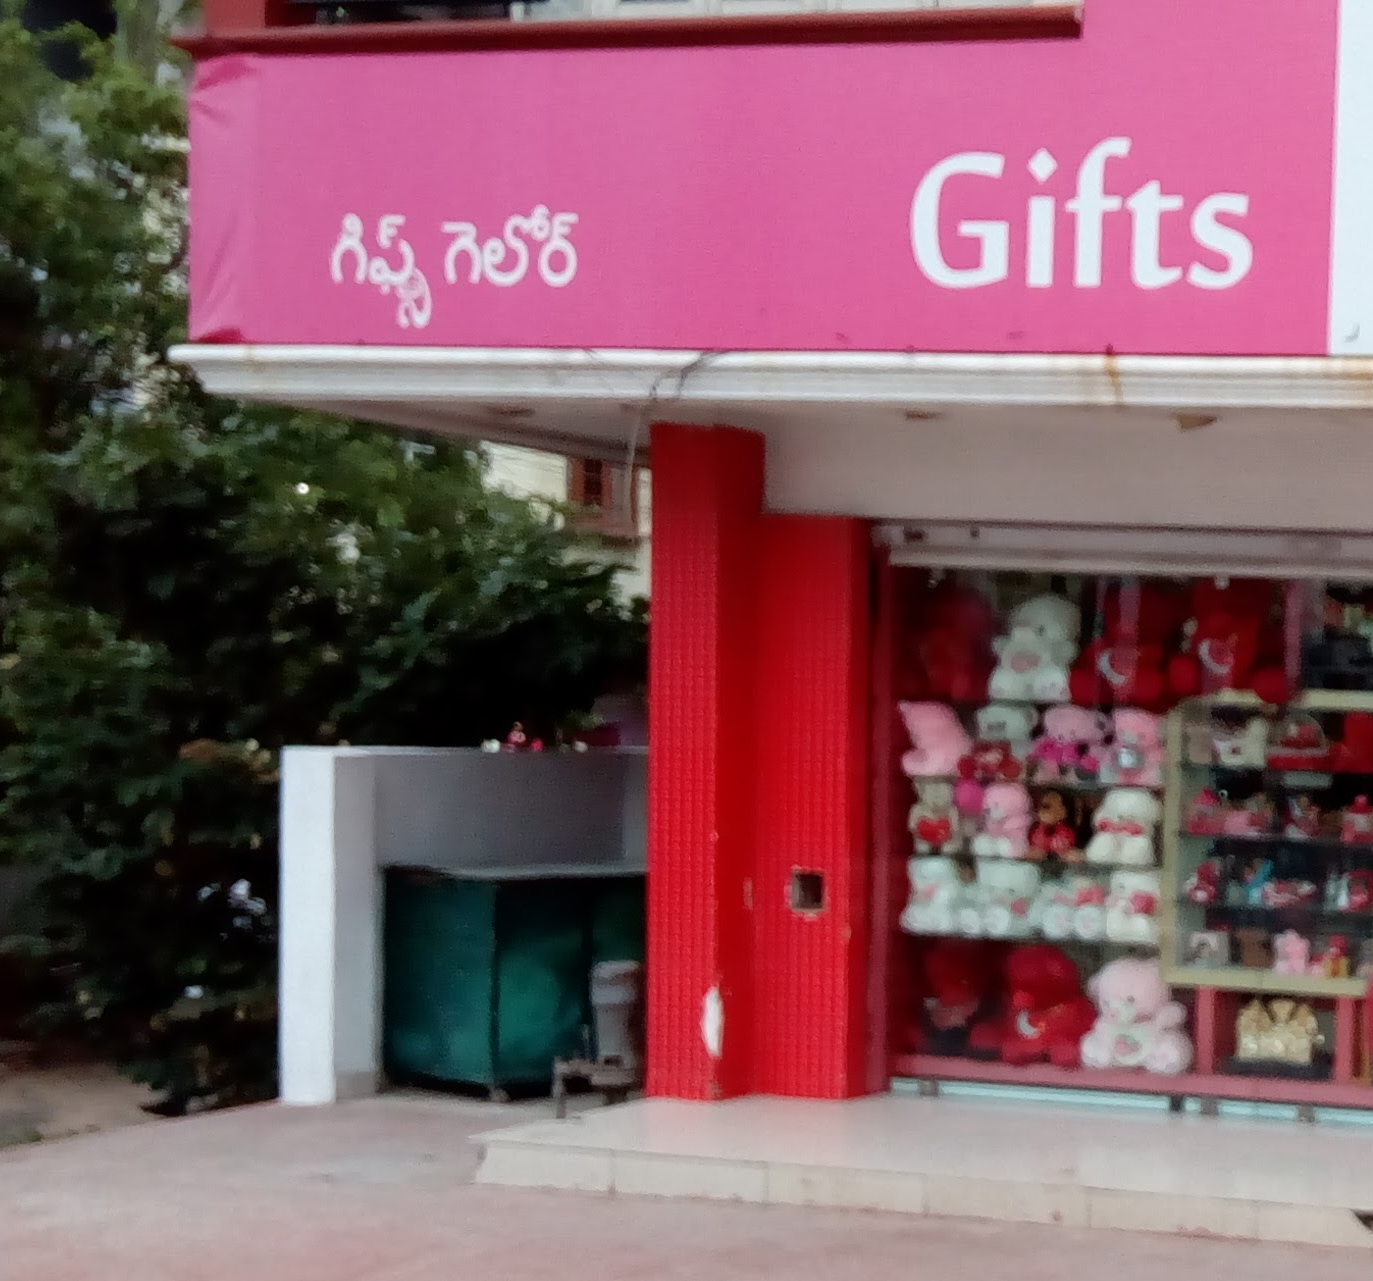
Language: telugu
Transcription: గిఫ్ట్స్ గెలోర్